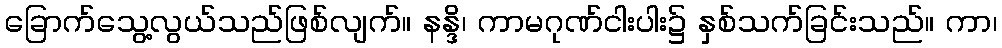
ခြောက်သွေ့လွယ်သည်ဖြစ်လျက်။ နန္ဒိ၊ ကာမဂုဏ်ငါးပါး၌ နှစ်သက်ခြင်းသည်။ ကာ၊